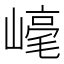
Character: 𱜋